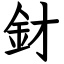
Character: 釮